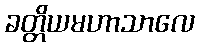
ခတ္တိယမဟာသာလေ